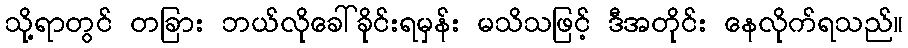
သို့ရာတွင် တခြား ဘယ်လိုခေါ်ခိုင်းရမှန်း မသိသဖြင့် ဒီအတိုင်း နေလိုက်ရသည်။